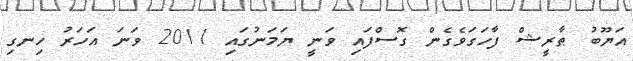
އަޔޫބު ޠާރީޝް ފާހަގަވެގެން ގޮސްފައި ވަނީ ޔަމަނުގައި 2011 ވަނަ އަހަރު ހިނގި